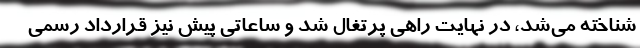
شناخته می‌شد، در نهایت راهی پرتغال شد و ساعاتی پیش نیز قرارداد رسمی